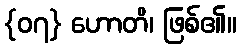
{၀၇} ဟောတိ၊ ဖြစ်၏။